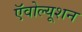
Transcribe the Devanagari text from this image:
ऍवोल्यूशन